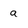
Character: a